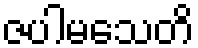
ဇပါမသေတိ